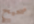
صحيح